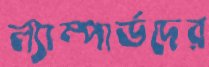
ল্যাম্পার্ডদের